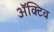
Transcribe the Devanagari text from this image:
ॲक्टिव